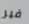
فير